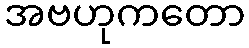
အဗဟုကတော